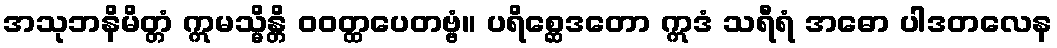
အသုဘနိမိတ္တံ ဣမသ္မိန္တိ ဝဝတ္ထပေတဗ္ဗံ။ ပရိစ္ဆေဒတော ဣဒံ သရီရံ အဓော ပါဒတလေန